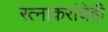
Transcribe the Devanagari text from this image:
रत्‍नाकरांचेही